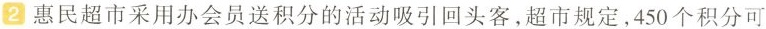
2 惠民超市采用办会员送积分的活动吸引回头客，超市规定，450个积分可